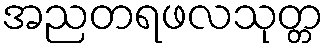
အညတရဖလသုတ္တ